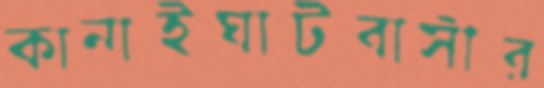
কানাইঘাটবাসীর